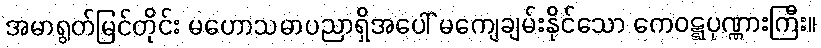
အမာရွတ်မြင်တိုင်း မဟောသဓာပညာရှိအပေါ် မကျေချမ်းနိုင်သော ကေဝဋ္ဋပုဏ္ဏားကြီး။